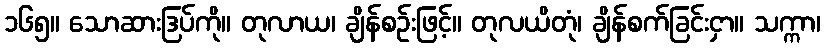
၁၆၅။ သောဆားဒြပ်ကို။ တုလာယ၊ ချိန်စဉ်းဖြင့်။ တုလယိတုံ၊ ချိန်စက်ခြင်းငှာ။ သက္ကာ၊